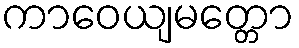
ကာဝေယျမတ္တော